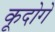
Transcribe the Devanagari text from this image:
कूदोगे